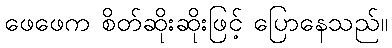
ဖေဖေက စိတ်ဆိုးဆိုးဖြင့် ပြောနေသည်။